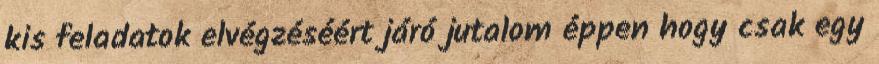
kis feladatok elvégzéséért járó jutalom éppen hogy csak egy